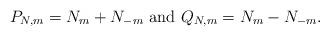
LaTeX: \begin{align*}P_{N,m}=N_{m}+N_{-m}\ \textrm{and}\ Q_{N,m}=N_{m}-N_{-m}.\end{align*}